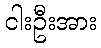
ငါးဦးအား